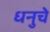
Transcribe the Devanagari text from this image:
धनुचे